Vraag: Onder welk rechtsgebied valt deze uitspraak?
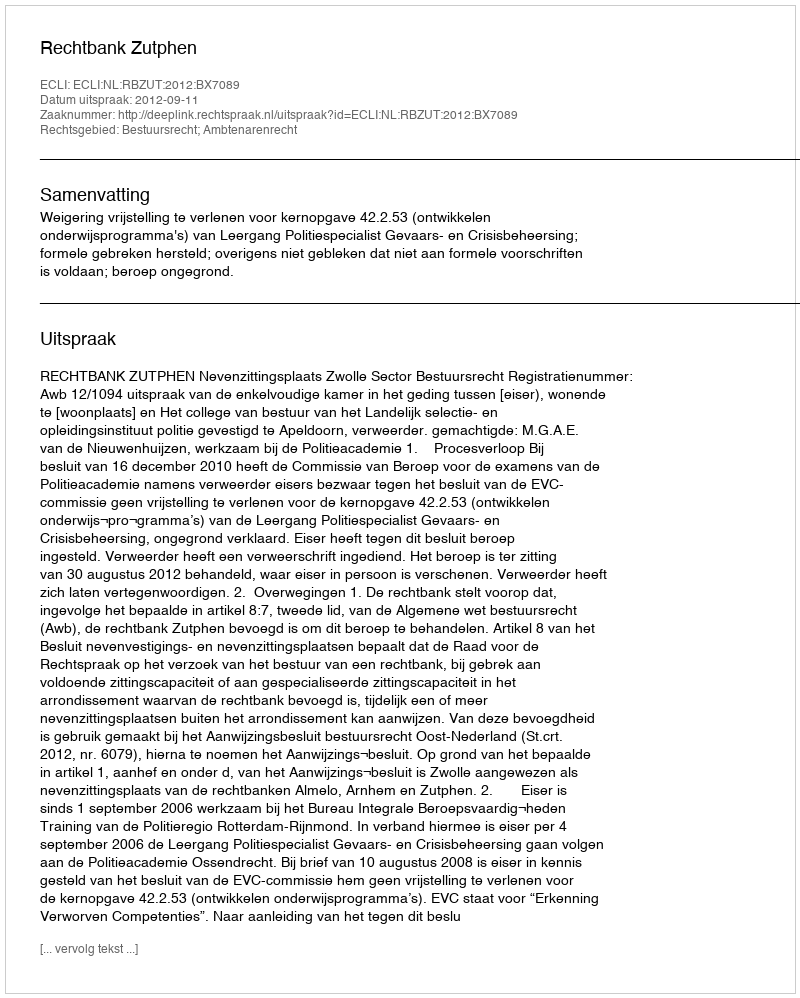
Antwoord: Bestuursrecht; Ambtenarenrecht